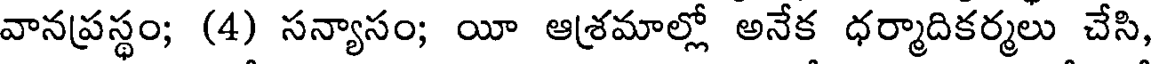
వానప్రస్థం; (4) సన్యాసం; యీ ఆశ్రమాల్లో అనేక ధర్మాదికర్మలు చేసి,